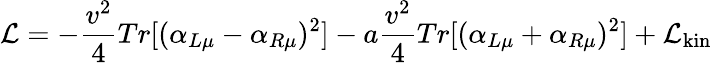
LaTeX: {\cal L}=-\frac{v^{2}}{4}Tr[(\alpha_{L\mu}-\alpha_{R\mu})^{2}]-a\frac{v^{2}}{4}Tr[(\alpha_{L\mu}+\alpha_{R\mu})^{2}]+{\cal L}_{\mathrm{kin}}